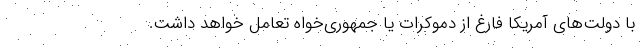
با دولت‌های آمریکا فارغ از دموکرات یا جمهوری‌خواه تعامل خواهد داشت.